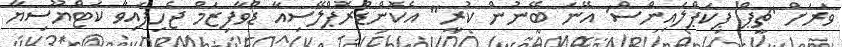
ވަރަށް 'ޗީޕް ޕިކަޕްލައިންސް' އޭނަ ބޭނުން ކުރީ" އެކޮންޑްރޮޕްލޭސިއާ ޑްވާފިޒަމް ޖެހިފައިވާ ކަޓްޔޫސިޔާ